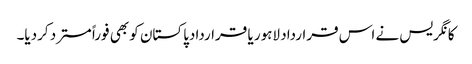
کانگریس نے اس قرارداد لاہور یا قراردادپاکستان کو بھی فوراً مسترد کردیا۔